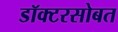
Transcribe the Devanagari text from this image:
डॉक्टरसोबत